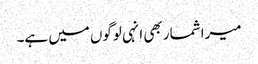
میرا شمار بھی انہی لوگوں میں ہے۔